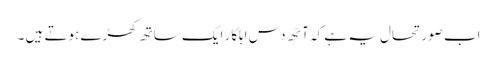
اب صورتحال یہ ہے کہ آٹھ دس اہلکار ایک ساتھ کھڑے ہوتے ہیں ۔